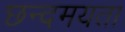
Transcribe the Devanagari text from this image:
छन्दमयता